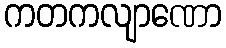
ကတကလျာဏော